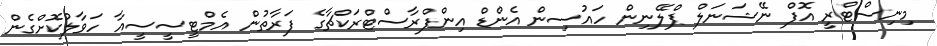
މިނިސްޓްރީ އޮފް ނޭޝަނަލް ޕްލޭނިން ހައުސިން އެންޑް އިންފްރާސްޓްރަކްޗާގެ ފަރާތުން އެމްޓީސީސީއާ ހަވާލުކޮށްގެން